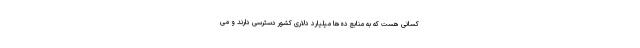
کسانی هست که به منابع ده‌ها میلیارد دلاری کشور دسترسی دارند و می